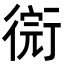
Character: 𢕋